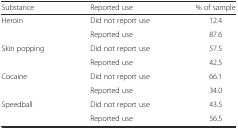
<table><thead><tr><td><b>Substance</b></td><td><b>Reported use</b></td><td><b>% of sample</b></td></tr></thead><tbody><tr><td rowspan="2">Heroin</td><td>Did not report use</td><td>12.4</td></tr><tr><td>Reported use</td><td>87.6</td></tr><tr><td rowspan="2">Skin popping</td><td>Did not report use</td><td>57.5</td></tr><tr><td>Reported use</td><td>42.5</td></tr><tr><td rowspan="2">Cocaine</td><td>Did not report use</td><td>66.1</td></tr><tr><td>Reported use</td><td>34.0</td></tr><tr><td rowspan="2">Speedball</td><td>Did not report use</td><td>43.5</td></tr><tr><td>Reported use</td><td>56.5</td></tr></tbody></table>